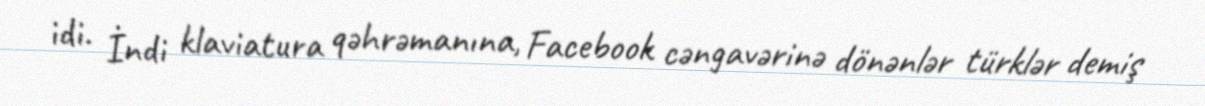
idi. İndi klaviatura qəhrəmanına, Facebook cəngavərinə dönənlər türklər demiş